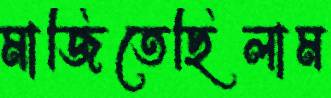
মাজিতেছিলাম